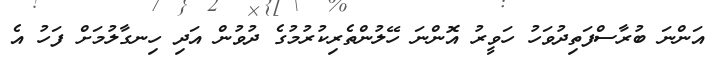
އަންނަ ބުރާސްފަތިދުވަހު ހަވީރު އޮންނަ ހޭލުންތެރިކުރުމުގެ ދުވުން އަދި ހިނގާލުމަށް ފަހު އެ